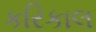
કરિકાલ